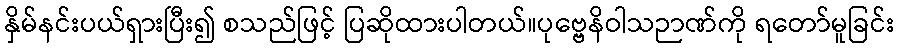
နှိမ်နင်းပယ်ရှားပြီး၍ စသည်ဖြင့် ပြဆိုထားပါတယ်။ပုဗ္ဗေနိဝါသဉာဏ်ကို ရတော်မူခြင်း